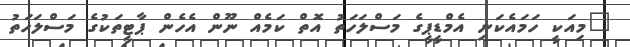
"މިއަކީ ހަމައެކަނި އެމްޑީޕީގެ މަސްލަހަތު އޮތް ކަމެއް ނޫން އެހެން ޕާޓީތަކުގެ މަސްލަހަތު